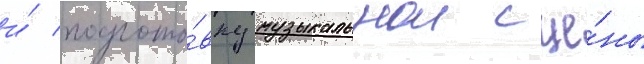
и́ подгото́вку музыкальнои сце́ны